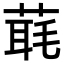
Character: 𦶇